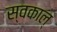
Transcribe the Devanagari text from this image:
स्वकाल्